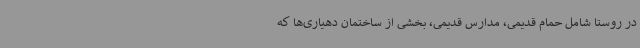
در روستا شامل حمام قدیمی، مدارس قدیمی، بخشی از ساختمان دهیاری‌ها که